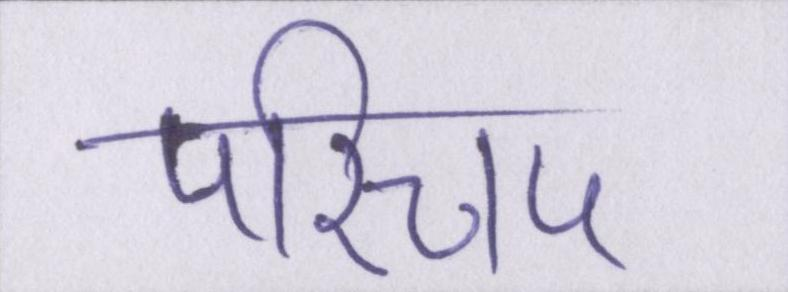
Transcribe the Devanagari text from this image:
परिचय